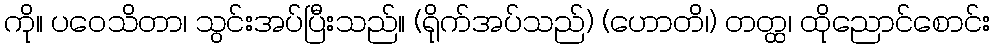
ကို။ ပဝေသိတာ၊ သွင်းအပ်ပြီးသည်။ (ရိုက်အပ်သည်) (ဟောတိ၊) တတ္ထ၊ ထိုညောင်စောင်း